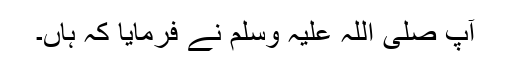
آپ صلی اللہ علیہ وسلم نے فرمایا کہ ہاں۔